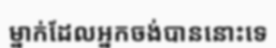
ម្នាក់ដែលអ្នកចង់បាននោះទេ